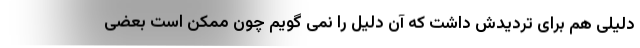
دلیلی هم برای تردیدش داشت که آن دلیل را نمی گویم چون ممکن است بعضی